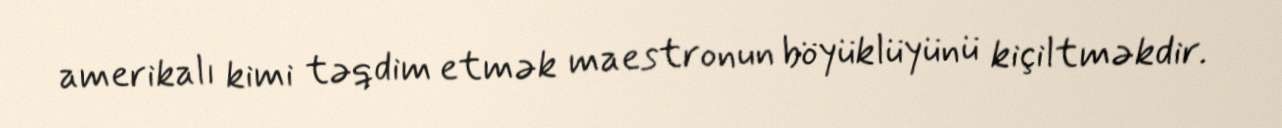
amerikalı kimi təqdim etmək maestronun böyüklüyünü kiçiltməkdir.